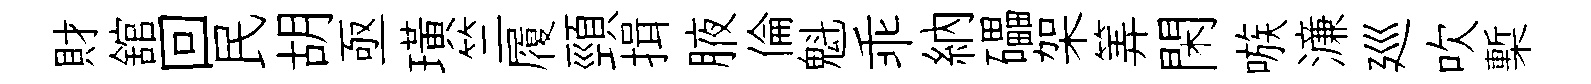
財舘回民胡亟璜竺履頸揖腋倫魁乖納礧架筭閑嗾濓廵吹槧